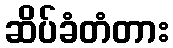
ဆိပ်ခံတံတား